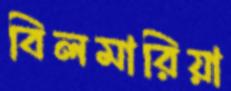
বিলমারিয়া